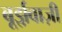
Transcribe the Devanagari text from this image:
बूर्झ़वाज़ी